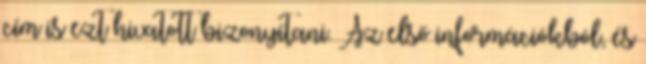
cím is ezt hivatott bizonyítani. Az első információkból, és